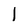
Character: l